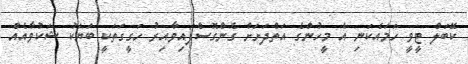
ކޭބަލް ޓީވީ ހަމައެކަނި އެ މީހުންގެ އަތްދަށަށް ގެންގޮސްފައިވާއިރު ހަގީގަތަކީ ބަޔަކު ޝަކުވާއެއް